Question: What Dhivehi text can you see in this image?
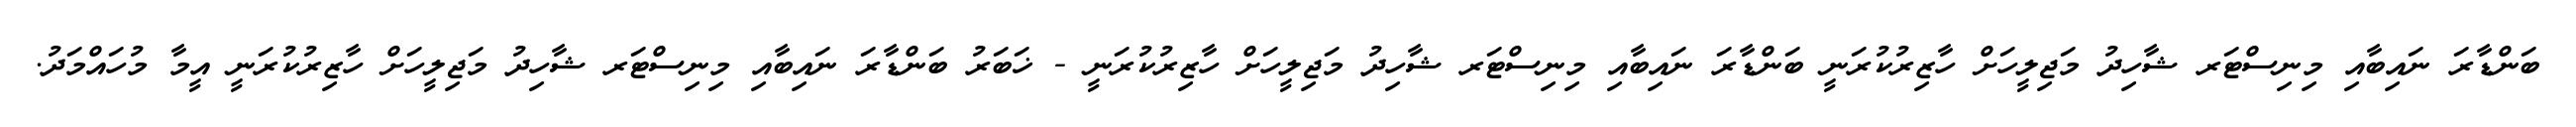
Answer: ބަންޑާރަ ނައިބާއި މިނިސްޓަރ ޝާހިދު މަޖިލީހަށް ހާޒިރުކުރަނީ ބަންޑާރަ ނައިބާއި މިނިސްޓަރ ޝާހިދު މަޖިލީހަށް ހާޒިރުކުރަނީ - ޚަބަރު ބަންޑާރަ ނައިބާއި މިނިސްޓަރ ޝާހިދު މަޖިލީހަށް ހާޒިރުކުރަނީ އީމާ މުހައްމަދު.